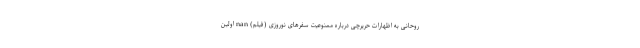
روحانی به اظهارات حریرچی درباره ممنوعیت سفرهای نوروزی (فیلم) nan اولین